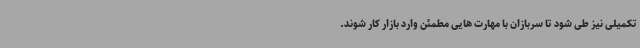
تکمیلی نیز طی شود تا سربازان با مهارت هایی مطمئن وارد بازار کار شوند.